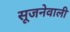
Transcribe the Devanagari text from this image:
सूजनेवाली